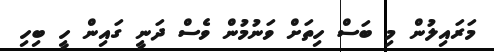
މަރައިލުން މި ބަސް ހިތަށް ވަނުމުން ވެސް ދަނީ ގައިން ހީ ބިހި